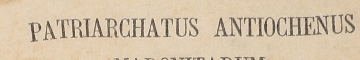
PATRIARCHATUS ANTIOCHENUS